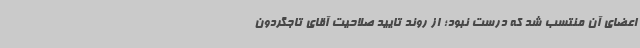
اعضای آن منتسب شد که درست نبود؛ از روند تایید صلاحیت آقای تاجگردون